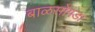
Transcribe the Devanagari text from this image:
बाळसोंगडा